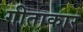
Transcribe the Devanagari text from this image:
गीताकार